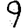
Digit: 9